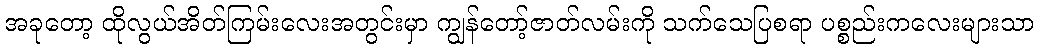
အခုတော့ ထိုလွယ်အိတ်ကြမ်းလေးအတွင်းမှာ ကျွန်တော့်ဇာတ်လမ်းကို သက်သေပြစရာ ပစ္စည်းကလေးများသာ